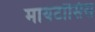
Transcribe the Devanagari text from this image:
मायटॉसिस